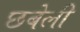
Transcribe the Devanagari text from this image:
छबेली